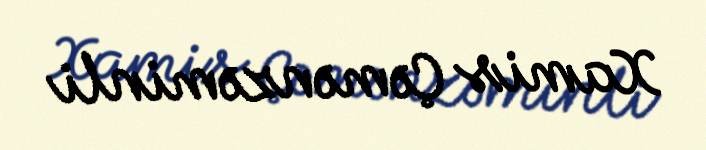
Xamis Çəmənzəminli